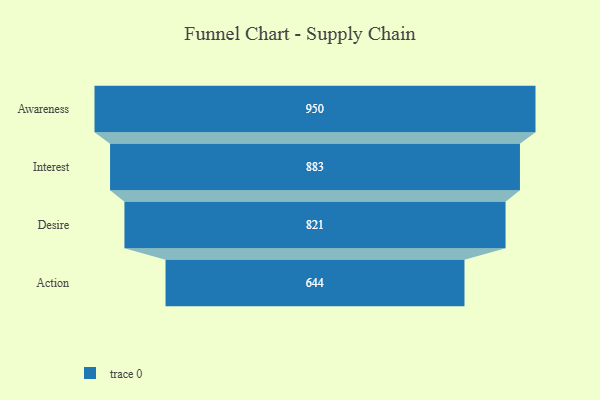
{"axis": {"x": "Stage", "y": "Value"}, "legend": [""], "data": [{"x": "Awareness", "y": 950.0, "type": ""}, {"x": "Interest", "y": 883.0, "type": ""}, {"x": "Desire", "y": 821.0, "type": ""}, {"x": "Action", "y": 644.0, "type": ""}]}